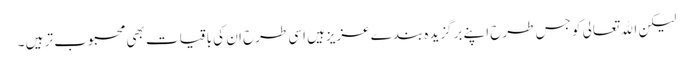
لیکن اﷲتعالی کو جس طرح اپنے برگزیدہ بندے عزیزہیں اسی طرح ان کی باقیات بھی محبوب تر ہیں ۔